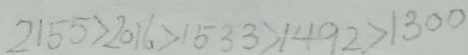
2 1 5 5 > 2 0 1 6 > 1 5 3 3 > 1 4 9 2 > 1 3 0 0